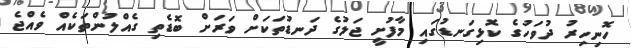
ހޮނިހިރު ދުވަހުގެ ކޮޅިގަނޑުގައި މާފުށީ ޖަލުގެ ދަނޑުތަކަށް ވަރަށް ބޮޑެތި ގެއްލުންތަކެއް ވެއްޖެ